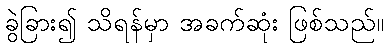
ခွဲခြား၍ သိရန်မှာ အခက်ဆုံး ဖြစ်သည်။